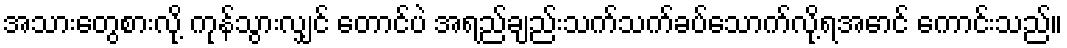
အသားတွေစားလို့ ကုန်သွားလျှင် တောင်ပဲ အရည်ချည်းသက်သက်ခပ်သောက်လို့ရအောင် ကောင်းသည်။